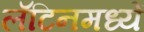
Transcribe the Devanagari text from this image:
लॅटिनमध्यें